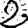
Digit: 2